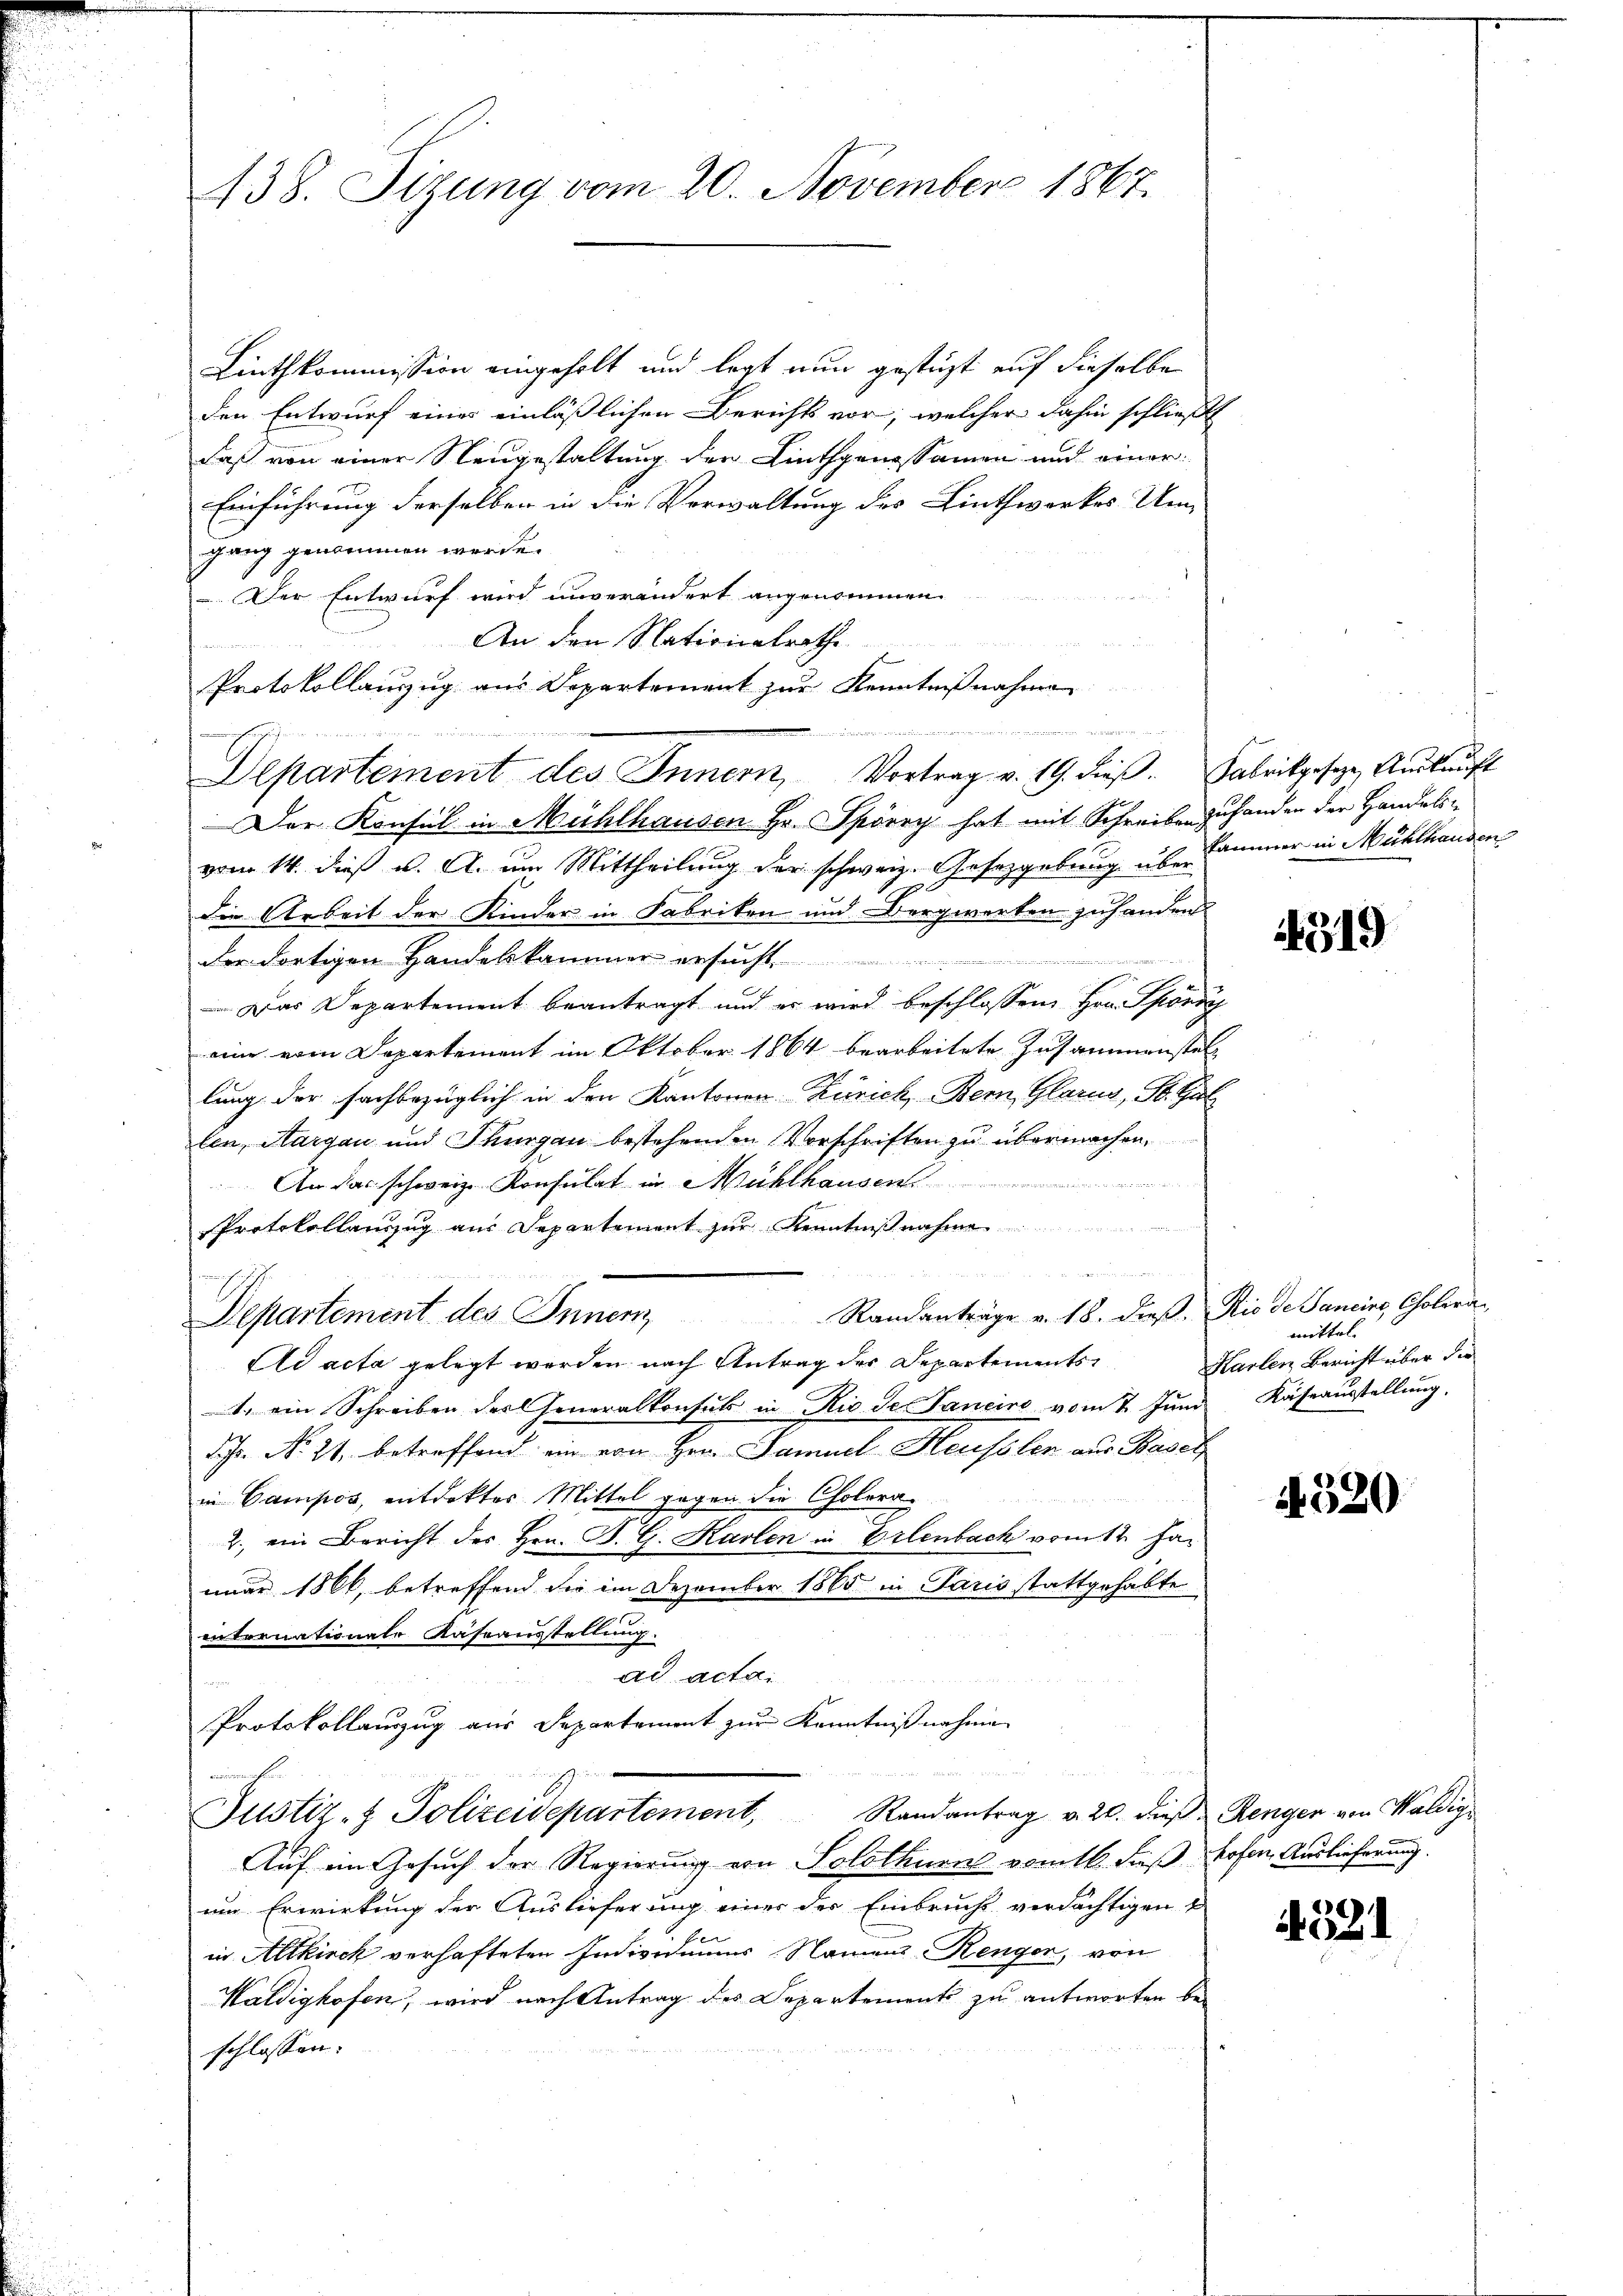
Linthkommission eingeholt und legt nun gestüzt auf dieselbe
den Entwurf eines einläßlichen Berichts vor, welcher dahin schließt
daß von einer Neugestaltung der Linthgenossamen und einer
Einführung derselben in die Verwaltung des Linthwerkes Um-
gang genommen werde.
Der Entwurf wird unverändert angenommen
An den Nationalrathe
 2 des et die in der
Protokollauszug aus Departement zur Kenntnißnahmen

Departement des Innern, Vortrag v. 19. dieβ. Fabrikgeseze, Auskauft
Der Konsul in Mühlhausen Hr. Spörry hat mit Schreiben zuhanden der Handelsvom 14. dieß u. A. um Mittheilung der schweiz. Gesetzgebung über Cammer in Mühlhanden
die Arbeit der Kinder in Fabriken und Bergwerken zuhanden.
der dortigen Handeskammer ersucht.
i
 einen
Das Departement beantragt und er wird beschlossen Hrn. Phönig
eine vom Departement im Oktober 1864 bearbeitete Zusammenstellung der fachbezüglich in den Kantonen Zürich, Bern, Glarus, St. Gal
len, Aargau und Thurgau bestehenden Vorschriften zu übermachen,
e
An das schweiz. Konsulat in Mühlhausen.
Protokollauszug aus Departement zur Kenntnißnahme
Departement des Inner Randanträge v. 18. dieβ. Rio de Sancire, Cholera-
Ad acta gelegt werden nach Antrag der Departements
1. ein Schreiben des Generalkonsuls in Rio des Janeiro vom 7. Juni Käseausstellung.
F. No 21. betreffend ein von Hrn. Samuel-Heusler aus Basel
in Campos, entdektes Mittel gegen die Cholera¬
2. ein Bericht des Hrn. B. G. Karlen in Erlenbach vom 12. Januar 1866, betreffend die im Dezember 1865 in Paris stattgehabte
internationale Kassausstellung.
ad acta
Protokollauszug aus Departement zur Kenntnißnahmen
Cementen
Justiz- & Polizeidepartement, Randantrag v. 20. dieβ Renger von Waldig
Auf im Gesuch der Regierung von Solothurn vom 16. Fuß hohen Auslieferung.
um Erwirkung der Auslieferung einer der Einbrucht verdächtigen u
in Altkirch verhafteten Individuums Namens-Renger, von
Waldighofen, wird nach Antrag des Departements zu antworten be-
schlossen:

438. Sizung vom 20. November 1867.

4319

mittel
Harten Bericht über die

4520

4521